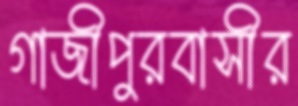
গাজীপুরবাসীর